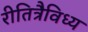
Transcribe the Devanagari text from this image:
रीतित्रैविध्य